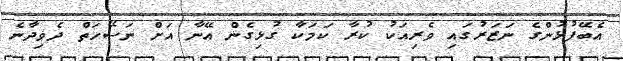
އެބޭފުޅުންގެ ނަޒަރުގައި ވެރިއަކު ކުރާ ކަމަކާ ގުޅިގެން އޭނާ އަށް ނަސޭހަތް ދެވިދާނެ